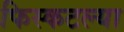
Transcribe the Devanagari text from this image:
फिस्कटल्या